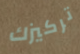
تركيزك